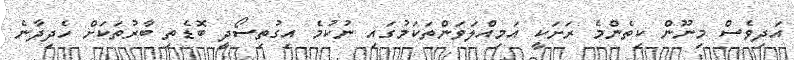
އަދިވެސް މިނޫން ކިތެންމެ ރަށަކީ އަމިއްލަވަންތަކަމުގައި ނުކުމެ އިގުތިސޯދީ ބޮޑެތި ބާރުތަކަށް ހެދިދާނެ